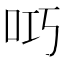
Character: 𫩟